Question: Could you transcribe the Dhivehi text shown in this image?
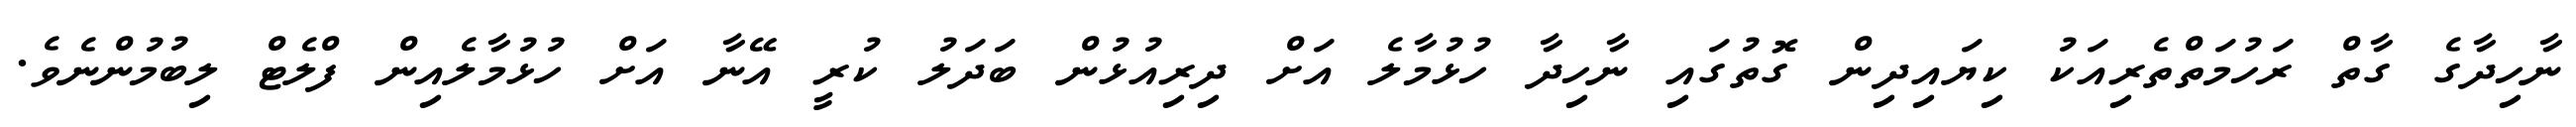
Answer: ނާހިދާގެ ގާތް ރަހުމަތްތެރިއަކު ކިޔައިދިން ގޮތުގައި ނާހިދާ ހުޅުމާލެ އަށް ދިރިއުޅުން ބަދަލު ކުރީ އޭނާ އަށް ހުޅުމާލެއިން ފްލެޓް ލިބުމުންނެވެ.